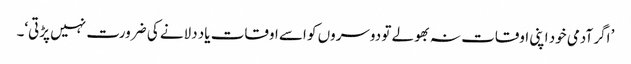
’ اگر آدمی خود اپنی اوقات نہ بھولے تو دوسروں کو اسے اوقات یاد دلانے کی ضرورت نہیں پڑتی‘۔